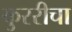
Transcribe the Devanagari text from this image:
कुररीचा